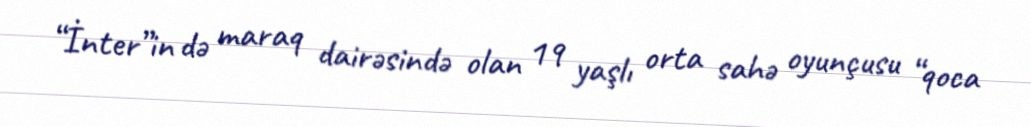
“İnter”in də maraq dairəsində olan 19 yaşlı orta sahə oyunçusu “qoca